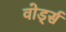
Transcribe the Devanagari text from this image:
वोर्ड्स